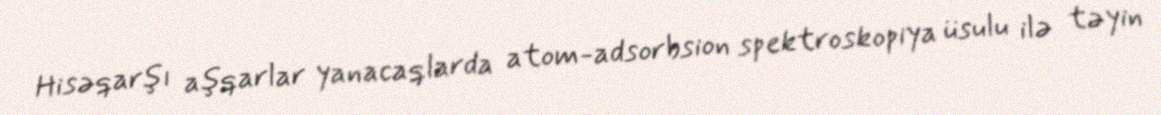
Hisəqarşı aşqarlar yanacaqlarda atom-adsorbsion spektroskopiya üsulu ilə təyin